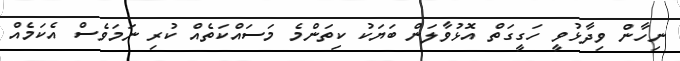
ނިހާން ވިދާޅުވީ ހަގީގަތް އޮޅުވާލަން ބަޔަކު ކިތަންމެ މަސައްކަތެއް ކުރި ނަމަވެސް އެކަމެއް